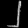
Digit: ၂